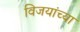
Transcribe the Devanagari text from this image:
विजयांच्या